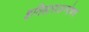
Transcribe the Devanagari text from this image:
इतिहासअन्वेषण